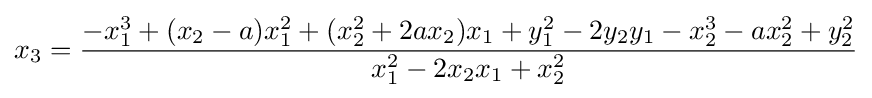
x_{3}={\frac {-x_{1}^{3}+(x_{2}-a)x_{1}^{2}+(x_{2}^{2}+2ax_{2})x_{1}+y_{1}^{2}-2y_{2}y_{1}-x_{2}^{3}-ax_{2}^{2}+y_{2}^{2}}{x_{1}^{2}-2x_{2}x_{1}+x_{2}^{2}}}